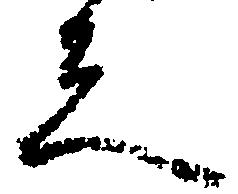
怠